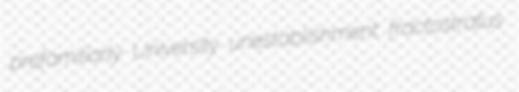
prefamiliarly University unestablishment fractostratus